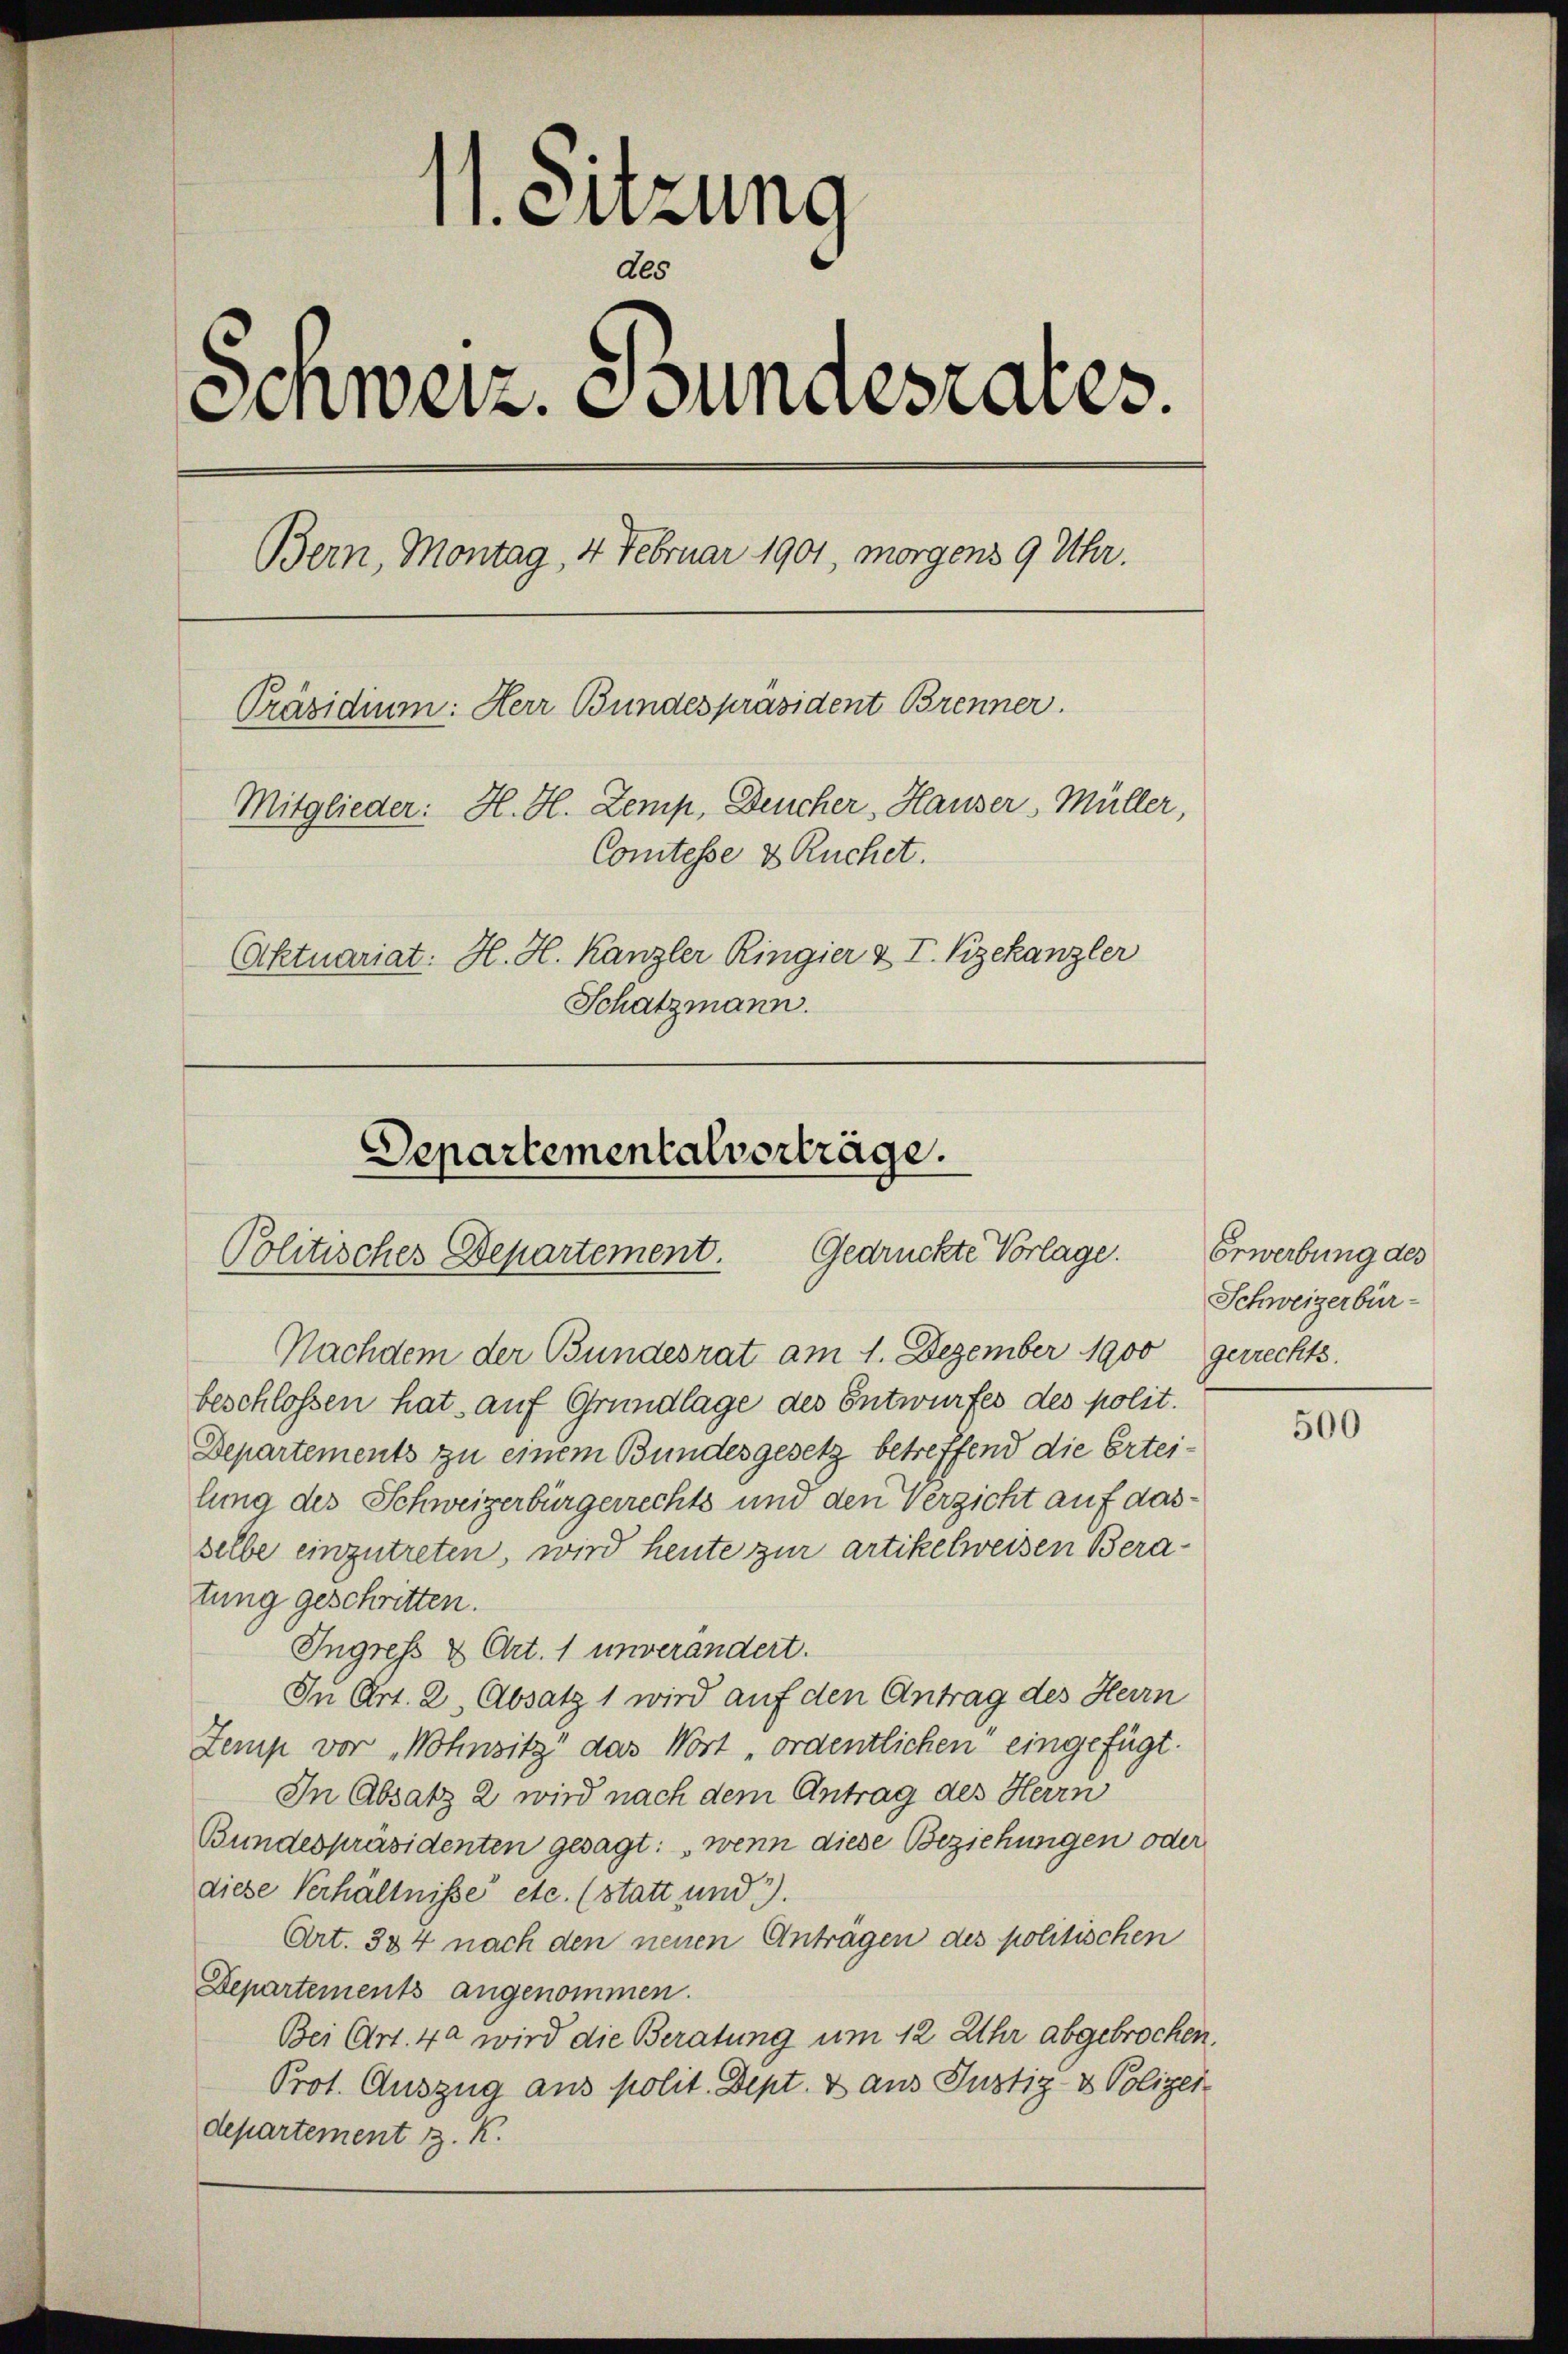
11. Sitzung
des
Einweiz. Bundesrates.
Bern, Montag, 4 Februar 1901, morgens 9 Uhr.
Präsidium: Herr Bundespräsident Brenner.
Mitglieder: H. H. Zemp, Deucher, Hauser, Müller,
Comtesse & Kuchet.
Aktuariat. H. H. Kanzler Ringier & I. Kizekanzler
Schatzmann.

Departementalverträge.
Politisches Departement. Gedrückte Vorlage.

Nachdem der Bundesrat am 1. Dezember 1900 gerrechts-
beschlossen hat auf Grundlage des Entwurfes des polit.
Departements zu einem Bundesgesetz betreffend die Erteilung des Schweizerbürgerrechts und den Verzicht auf dasselbe einzutreten, wird heute zur Artikelweisen Beratung geschritten.
Ingress & Art. 1 unverändert.
In Art. 2, Absatz 1 wird auf den Antrag des Herrn
Zemp vor Wohnsitz“ das Wort „ordentlichen“ eingefügt.
In Absatz 2 wird nach dem Antrag des Herrn
Bundespräsidenten gesagt: „wenn diese Beziehungen oder
diese Verhältniße etc. (statt und 3.
Art. 384 nach den neuen Anträgen des politischen
Departements angenommen.
Bei Art. 4 wird die Beratung um 12 Uhr abgebrochen.
Prot. Auszug aus polit. Dept. d aus Justiz- & Polizei
departement J. K.

Erwerbung des
Schweizerbür¬

500